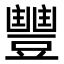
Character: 𮙘